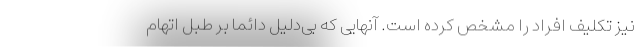
نیز تکلیف افراد را مشخص کرده است. آنهایی که بی‌دلیل دائما بر طبل اتهام